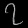
Digit: ၇